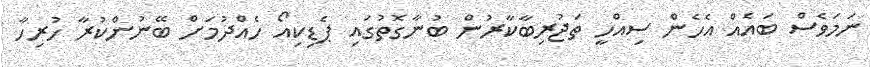
ނަމަވެސް ބައެއް އެހެން ސިއްހީ ތަޖުރިބާކާރުން ބުނާގޮތުގައި ޕެޑިކިއޯ ހެއްދުމަށް ބޭނުންކުރާ ހުރިހާ